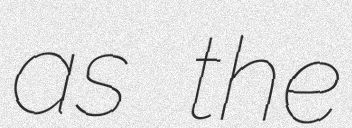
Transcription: as the